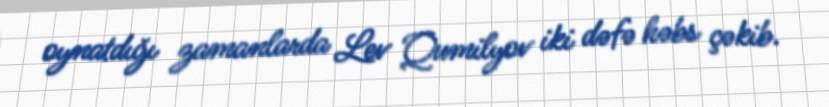
oynatdığı zamanlarda Lev Qumilyov iki dəfə həbs çəkib.